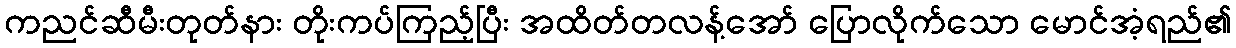
ကညင်ဆီမီးတုတ်နား တိုးကပ်ကြည့်ပြီး အထိတ်တလန့်အော် ပြောလိုက်သော မောင်အံ့ရည်၏